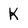
Character: k